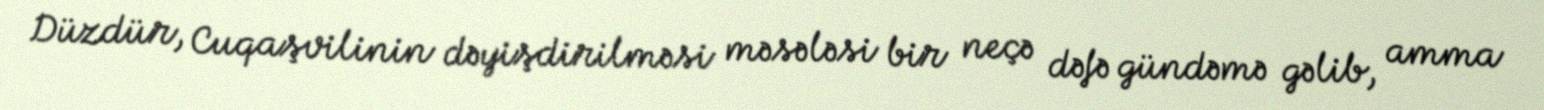
Düzdür, Cuqaşvilinin dəyişdirilməsi məsələsi bir neçə dəfə gündəmə gəlib, amma